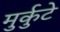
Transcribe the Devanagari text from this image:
मुर्कुटे